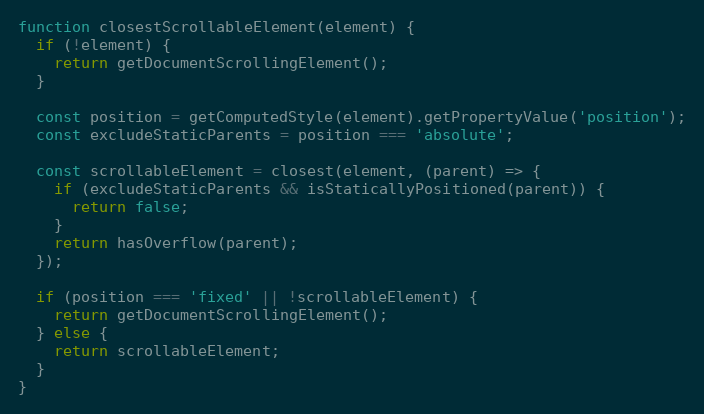
Language: JavaScript
function closestScrollableElement(element) {
  if (!element) {
    return getDocumentScrollingElement();
  }

  const position = getComputedStyle(element).getPropertyValue('position');
  const excludeStaticParents = position === 'absolute';

  const scrollableElement = closest(element, (parent) => {
    if (excludeStaticParents && isStaticallyPositioned(parent)) {
      return false;
    }
    return hasOverflow(parent);
  });

  if (position === 'fixed' || !scrollableElement) {
    return getDocumentScrollingElement();
  } else {
    return scrollableElement;
  }
}